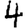
Digit: 4